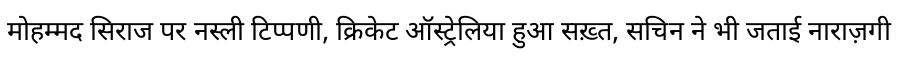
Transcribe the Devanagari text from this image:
मोहम्मद सिराज पर नस्ली टिप्पणी, क्रिकेट ऑस्ट्रेलिया हुआ सख़्त, सचिन ने भी जताई नाराज़गी